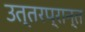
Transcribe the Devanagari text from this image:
उत्तरप्रान्त